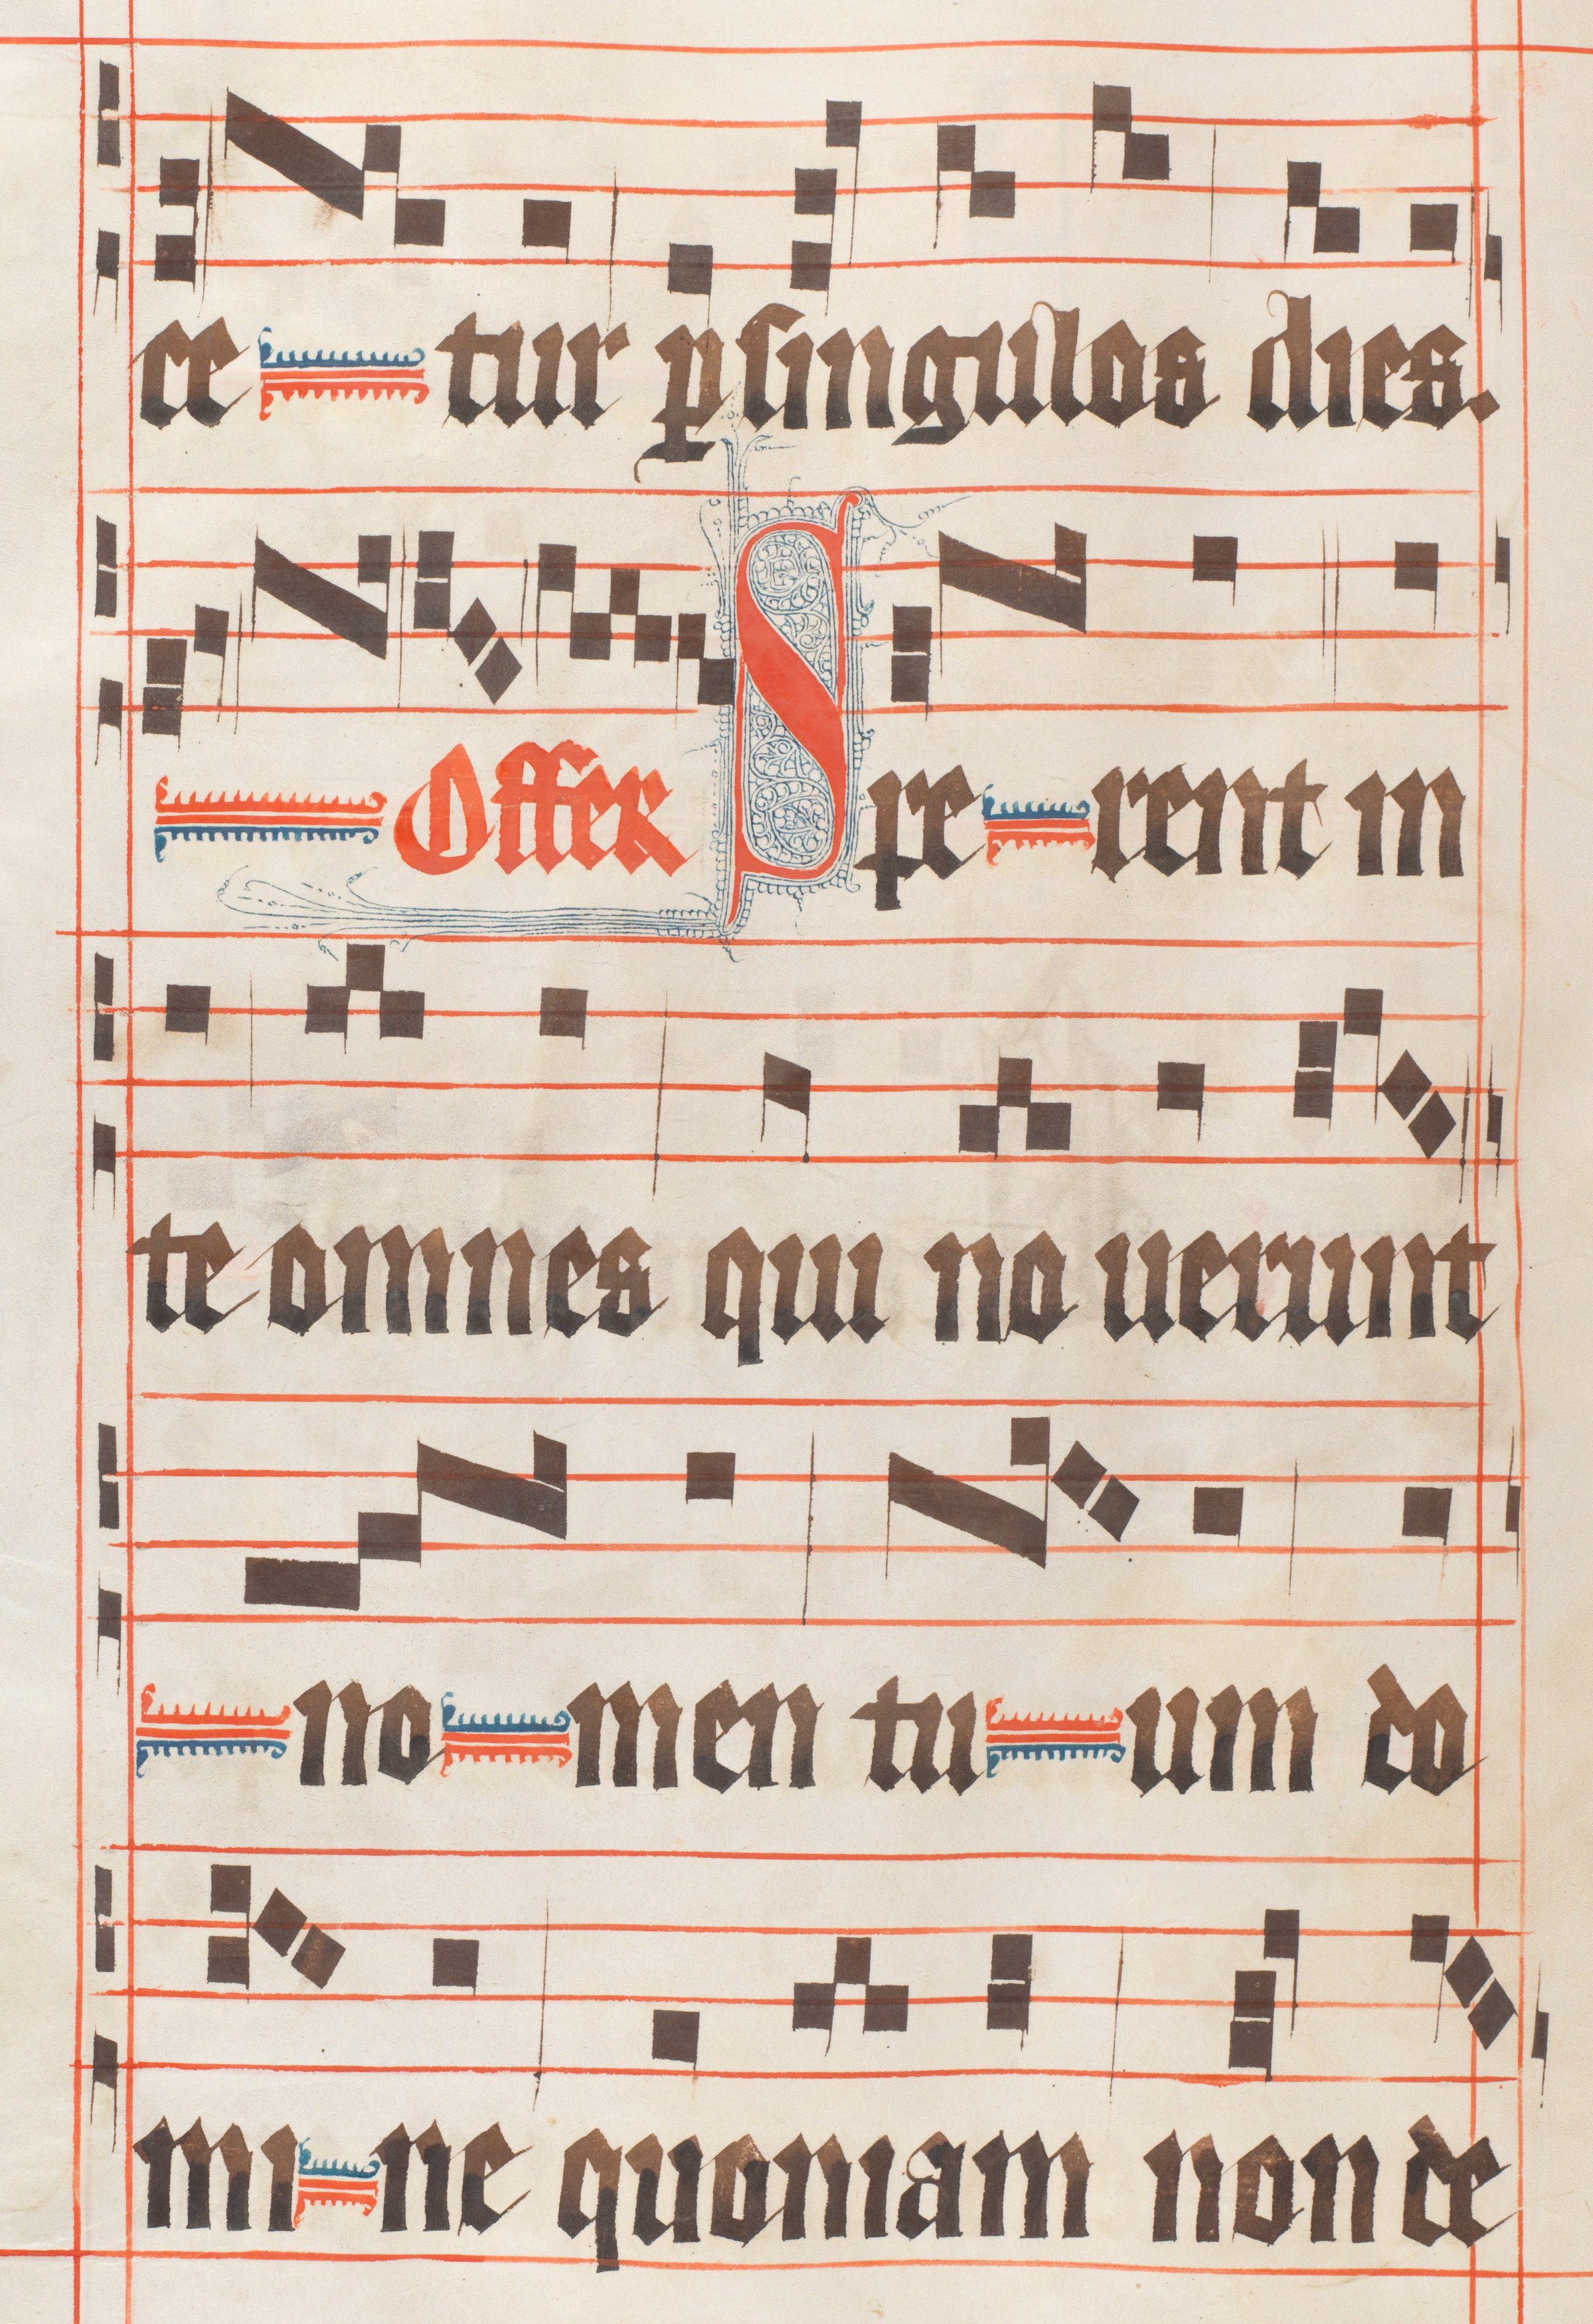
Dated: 1330–1335